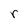
Character: r